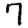
Digit: 7